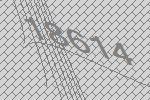
18614